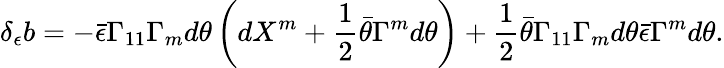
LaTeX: \delta_{\epsilon}b=-\bar{\epsilon}\Gamma_{11}\Gamma_{m}d\theta\left(dX^{m}+{\frac{1}{2}}\bar{\theta}\Gamma^{m}d\theta\right)+{\frac{1}{2}}\bar{\theta}\Gamma_{11}\Gamma_{m}d\theta\bar{\epsilon}\Gamma^{m}d\theta.